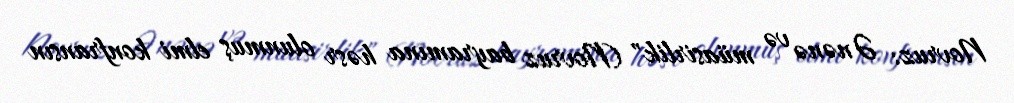
Novruz: Ənənə və müasirlik" (Novruz bayramına həsr olunmuş elmi konfransın